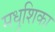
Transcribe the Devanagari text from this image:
मधुशिका